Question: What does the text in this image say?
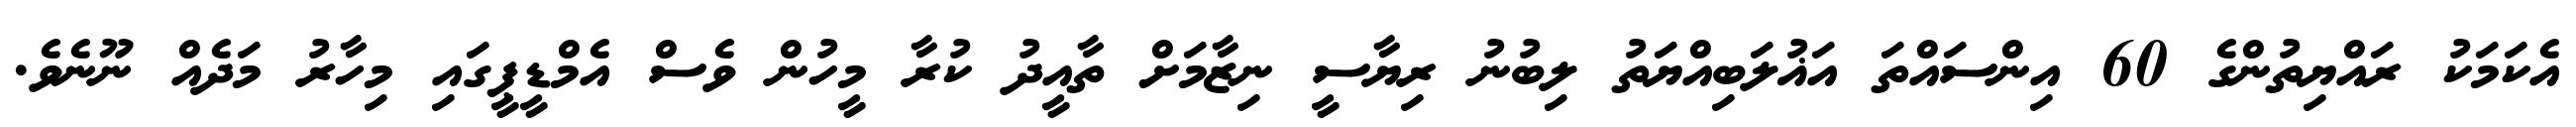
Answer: އެކަމަކު ރައްޔިތުންގެ 60 އިންސައްތަ އަޣުލަބިއްޔަތު ލިބުނު ރިޔާސީ ނިޒާމަށް ތާއީދު ކުރާ މީހުން ވެސް އެމްޑީޕީގައި މިހާރު މަދެއް ނޫނެވެ.